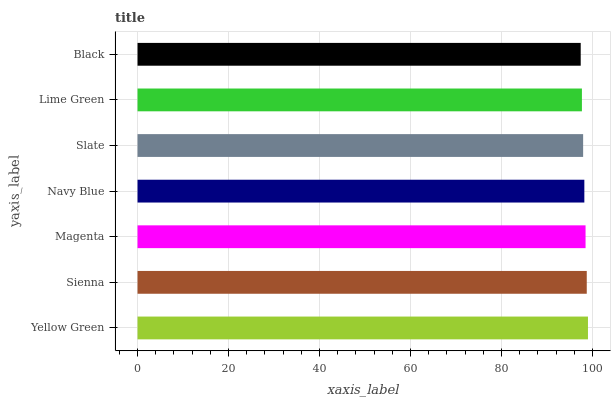
| yaxis_label | bars |
 | --- | --- |
 | Yellow Green | 99 |
 | Sienna | 98.7 |
 | Magenta | 98.5 |
 | Navy Blue | 98.2 |
 | Slate | 97.9 |
 | Lime Green | 97.7 |
 | Black | 97.4 |